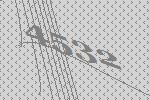
4532